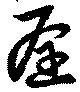
愿